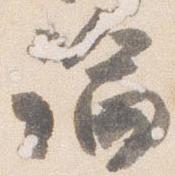
論